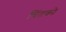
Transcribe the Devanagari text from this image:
चिंतको